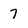
Character: 7